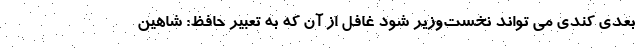
بعدی کندی می تواند نخست‌وزیر شود غافل از آن که به تعبیر حافظ: شاهین